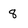
Character: 8